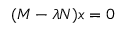
( M - \lambda N ) x = 0